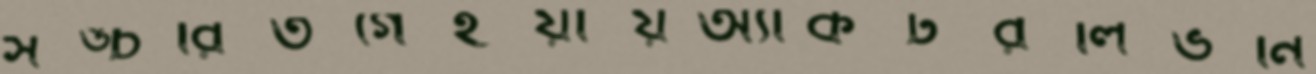
সঙ্চরিতগেইয়ায়অ্যাকটরলিভনি